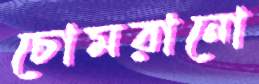
চোমরানো